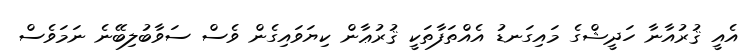
އެއީ ޤުރުއާނާ ހަދީޝްގެ މައިގަނޑު އެއްތަފާތަކީ ޤުރުޢާން ކިޔަވައިގެން ވެސް ސަވާބުލިބޭނެ ނަމަވެސް